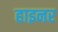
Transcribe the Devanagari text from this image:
हाइनर